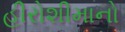
હીરોશીમાનો